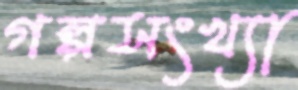
গল্পসংখ্যা